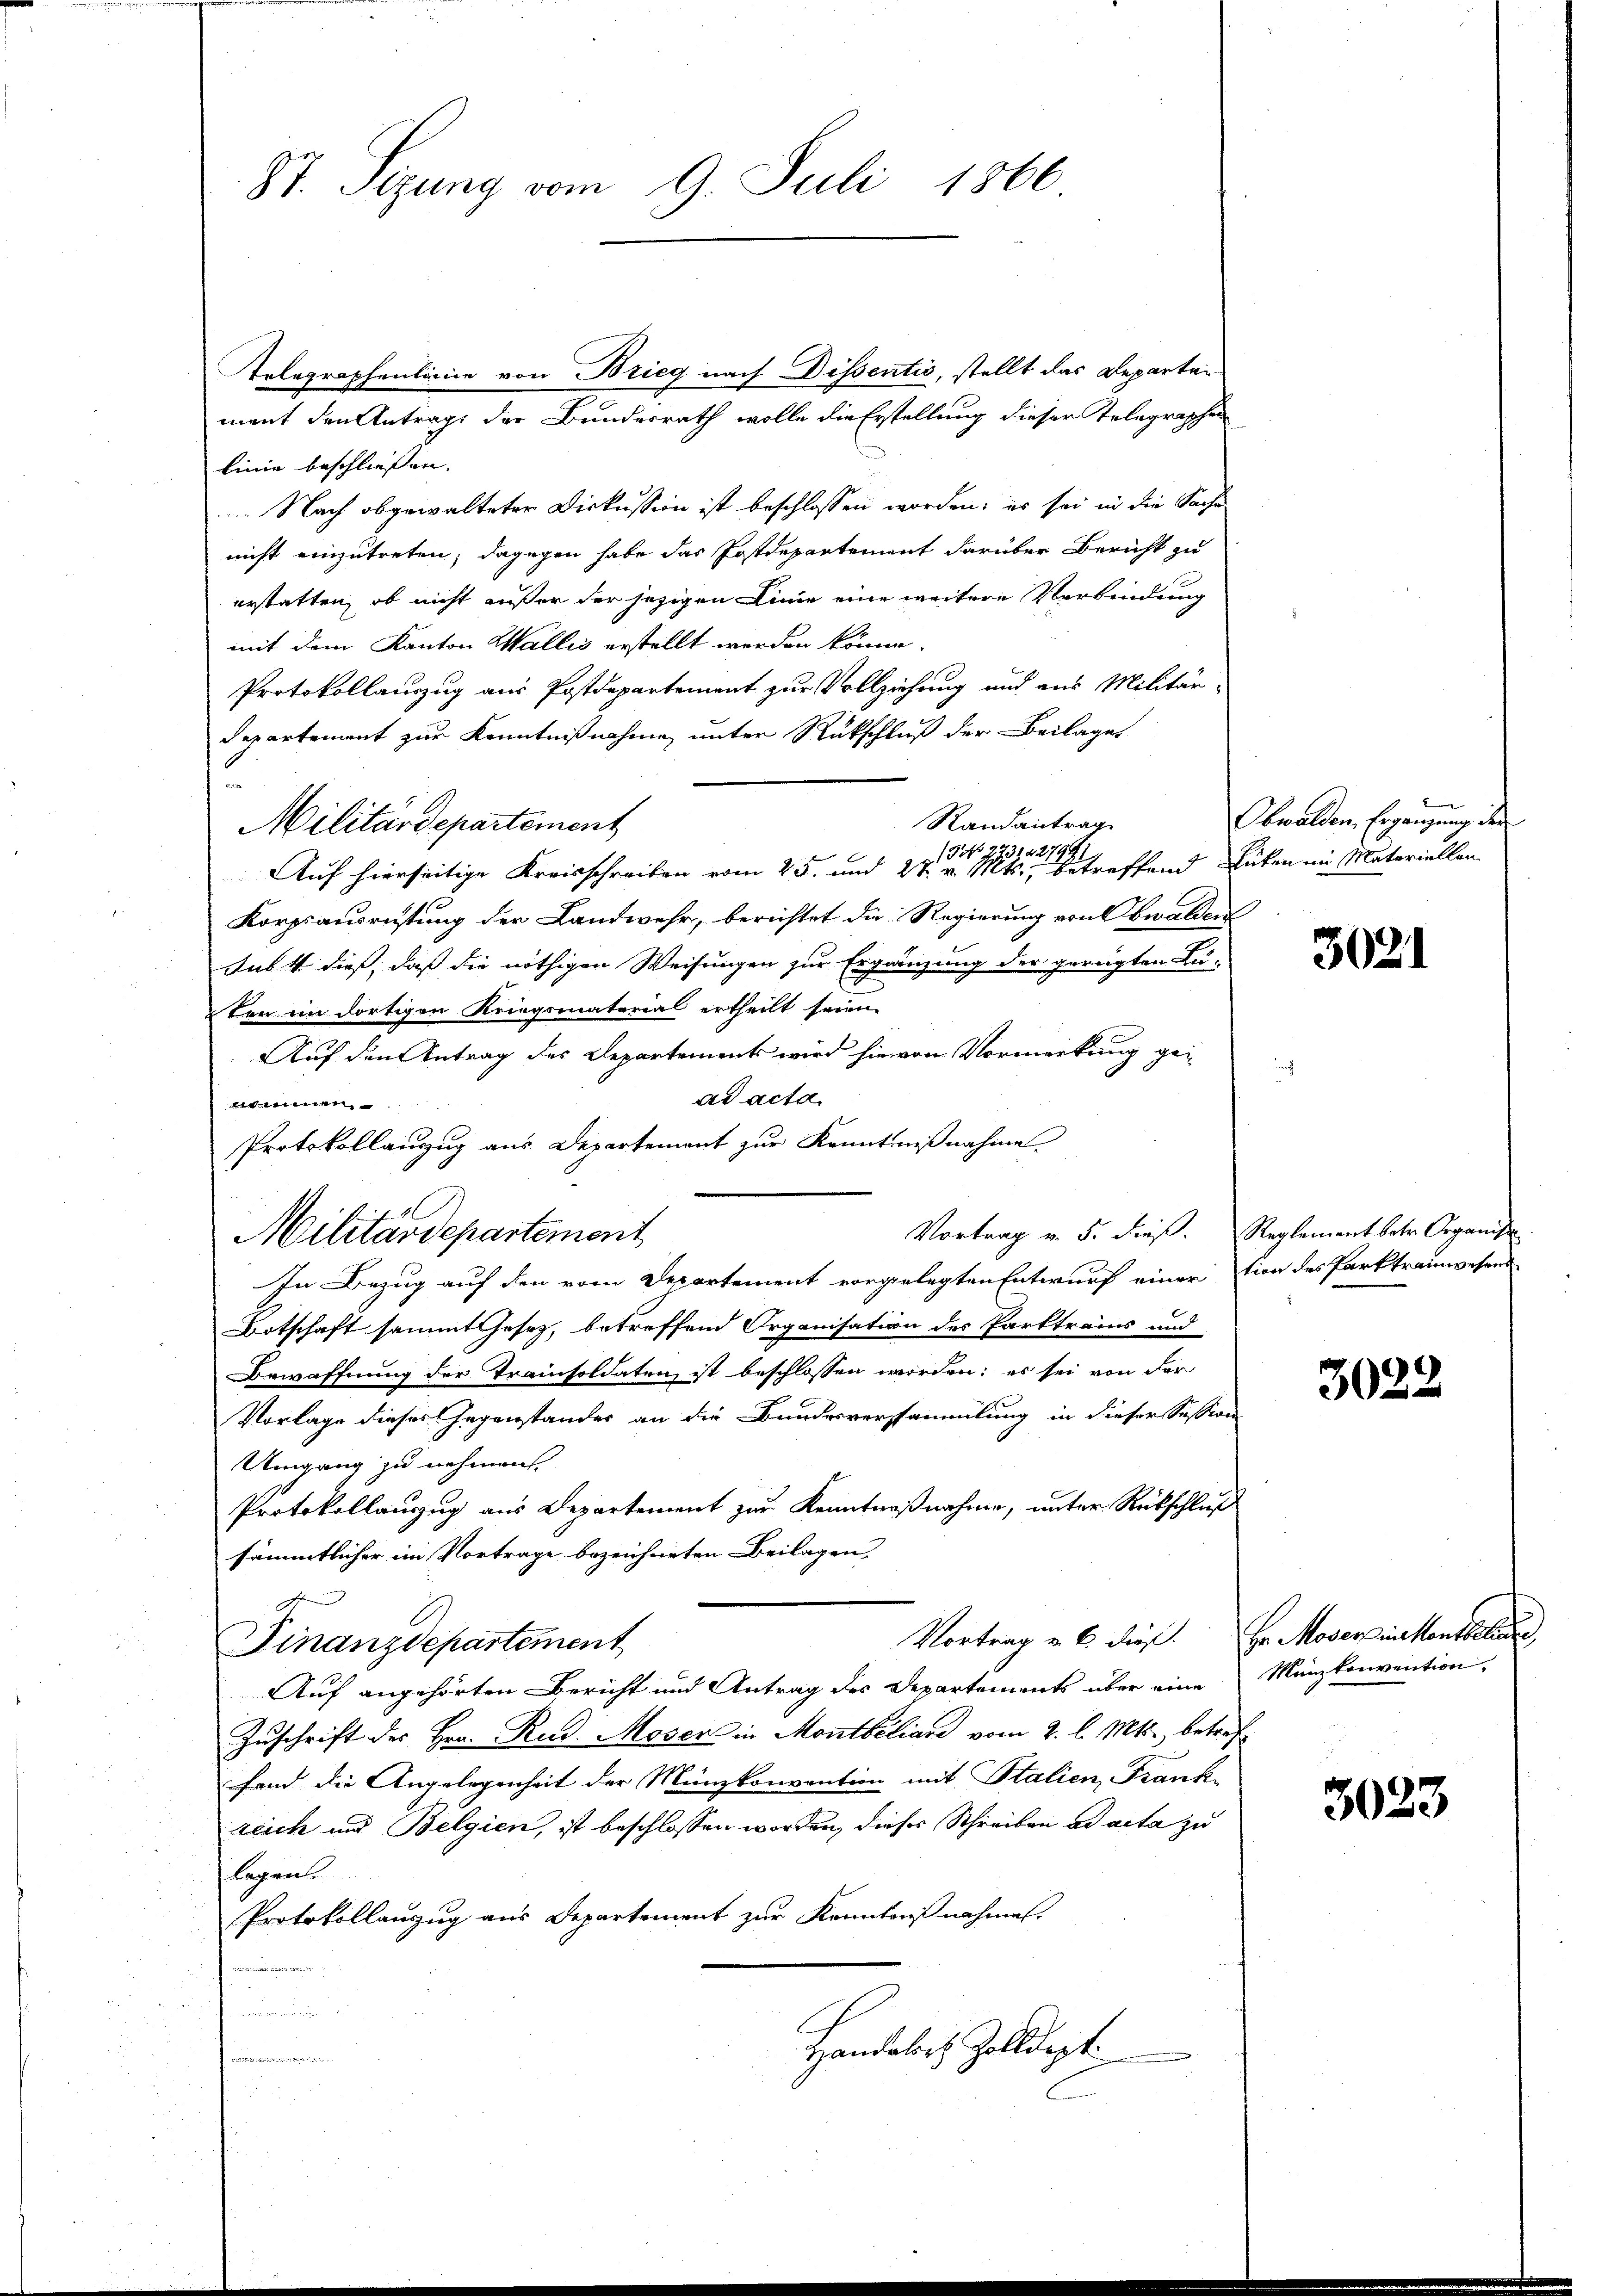
87. Setzung vom 9. Juli 1866

Telegraphenlinie von Brieg nach Dissentis, stellt das Reparten
mant den Antrage der Bundesrath wolle die Erstellung dieser Telegraphen
linie beschliessen.
 Nach abgewalteter Diskussion ist beschlossen worden; es sei in die Sache
nicht einzutreten; dagegen habe das Postdepartement darüber Bericht zu
erstatten, ob nicht außer der jetzigen Linie eine weitere Verbindung
mit dem Kanton Wallis erstellt werden könne.
Protokollauszug aus Postdepartement zur Vollziehung und aus Militär-
Departement zur Kenntnißnahme unter Rückschluß der Beilages
Randantrag
Militärdepartement
NNo. 7731. 4279.

Auf hierseitige Kreisschreiben vom 25. und 27. v. Mts., betreffend Guten im Materiellen
Korpsausrüstung der Landwehr, berichtet die Regierung von Obwalden
Jus 4. dieß, daß die nöthigen Weisungen zur Ergänzung der gerügten Lu-
ten im dortigen Kriegsmaterial ertheilt seien.
Auf den Antrag des Departement wird hievon Vormerkung gead acta
iinen
Protokollauszug aus Departement zur Kenntnißnahme.
Vortrag v. 5. dieß.
Militärdepartement
In Bezug auf den vom Departement vorgelegten Entwurf einer
Totschaft sammt Gesetz, betreffend Organisation des Parktrains und
Bewaffnung der Trainsoldaten ist beschlossen worden; es sei von der
Vorlage dieses Gegenstandes an die Bundesversammlung in dieser Session
Umgang zu nehmen.
Protokollauszug aus Departement zur Kenntnißnahme, unter Rückschluß
sämmtlicher im Vortrage bezeichneten Beilagen,
Vortrag u. 6. dieß.
Finanzdepartement
Auf angehörten Bericht und Antrag des Departements über eine
Zuschrift des Hrn. Rud. Moser in Montbiliare vom 2. l. Mts., betrefand die Angelegenheit der Münzkonvention mit Italien, Frank-
zeich und Belgien, ist beschlossen worden, dieses Schreiben ad acta zu
slagen.
Protokollanzug aus Departement zur Kenntnuß nahmen.
.

Handalors Zolldepti
b

Obwalden, Ergänzung der

3021

Reglement betr. Organis
tion des Parktraunwesens

3022

Hr. Moserziehentheilung
Mankonvention

3023